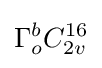
\Gamma _{o}^{b}C_{2v}^{16}